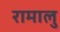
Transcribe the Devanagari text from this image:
रामालु